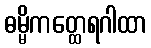
ဓမ္မိကတ္ထေရဂါထာ